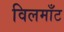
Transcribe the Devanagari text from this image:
विलमाँट